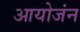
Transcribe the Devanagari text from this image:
आयोजंन